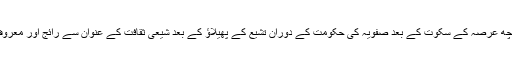
پھر کچھ عرصہ کے سکوت کے بعد صفویہ کی حکومت کے دوران تشیع کے پھیلاؤ کے بعد شیعی ثقافت کے عنوان سے رائج اور معروف ہوا۔